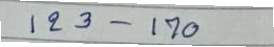
123 - 170